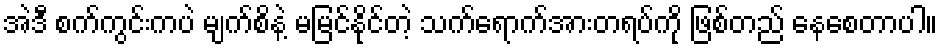
အဲဒီ စက်ကွင်းကပဲ မျက်စိနဲ့ မမြင်နိုင်တဲ့ သက်ရောက်အားတရပ်ကို ဖြစ်တည် နေစေတာပါ။